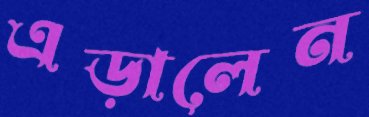
এড়ালেন